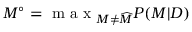
M ^ { \circ } = \mathrm { ~ m ~ a ~ x ~ } _ { M \neq \widehat { M } } P ( M | D )